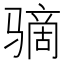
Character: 𫘮